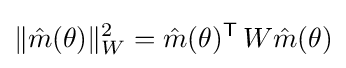
\|{\hat {m}}(\theta )\|_{W}^{2}={\hat {m}}(\theta )^{\mathsf {T}}\,W{\hat {m}}(\theta )